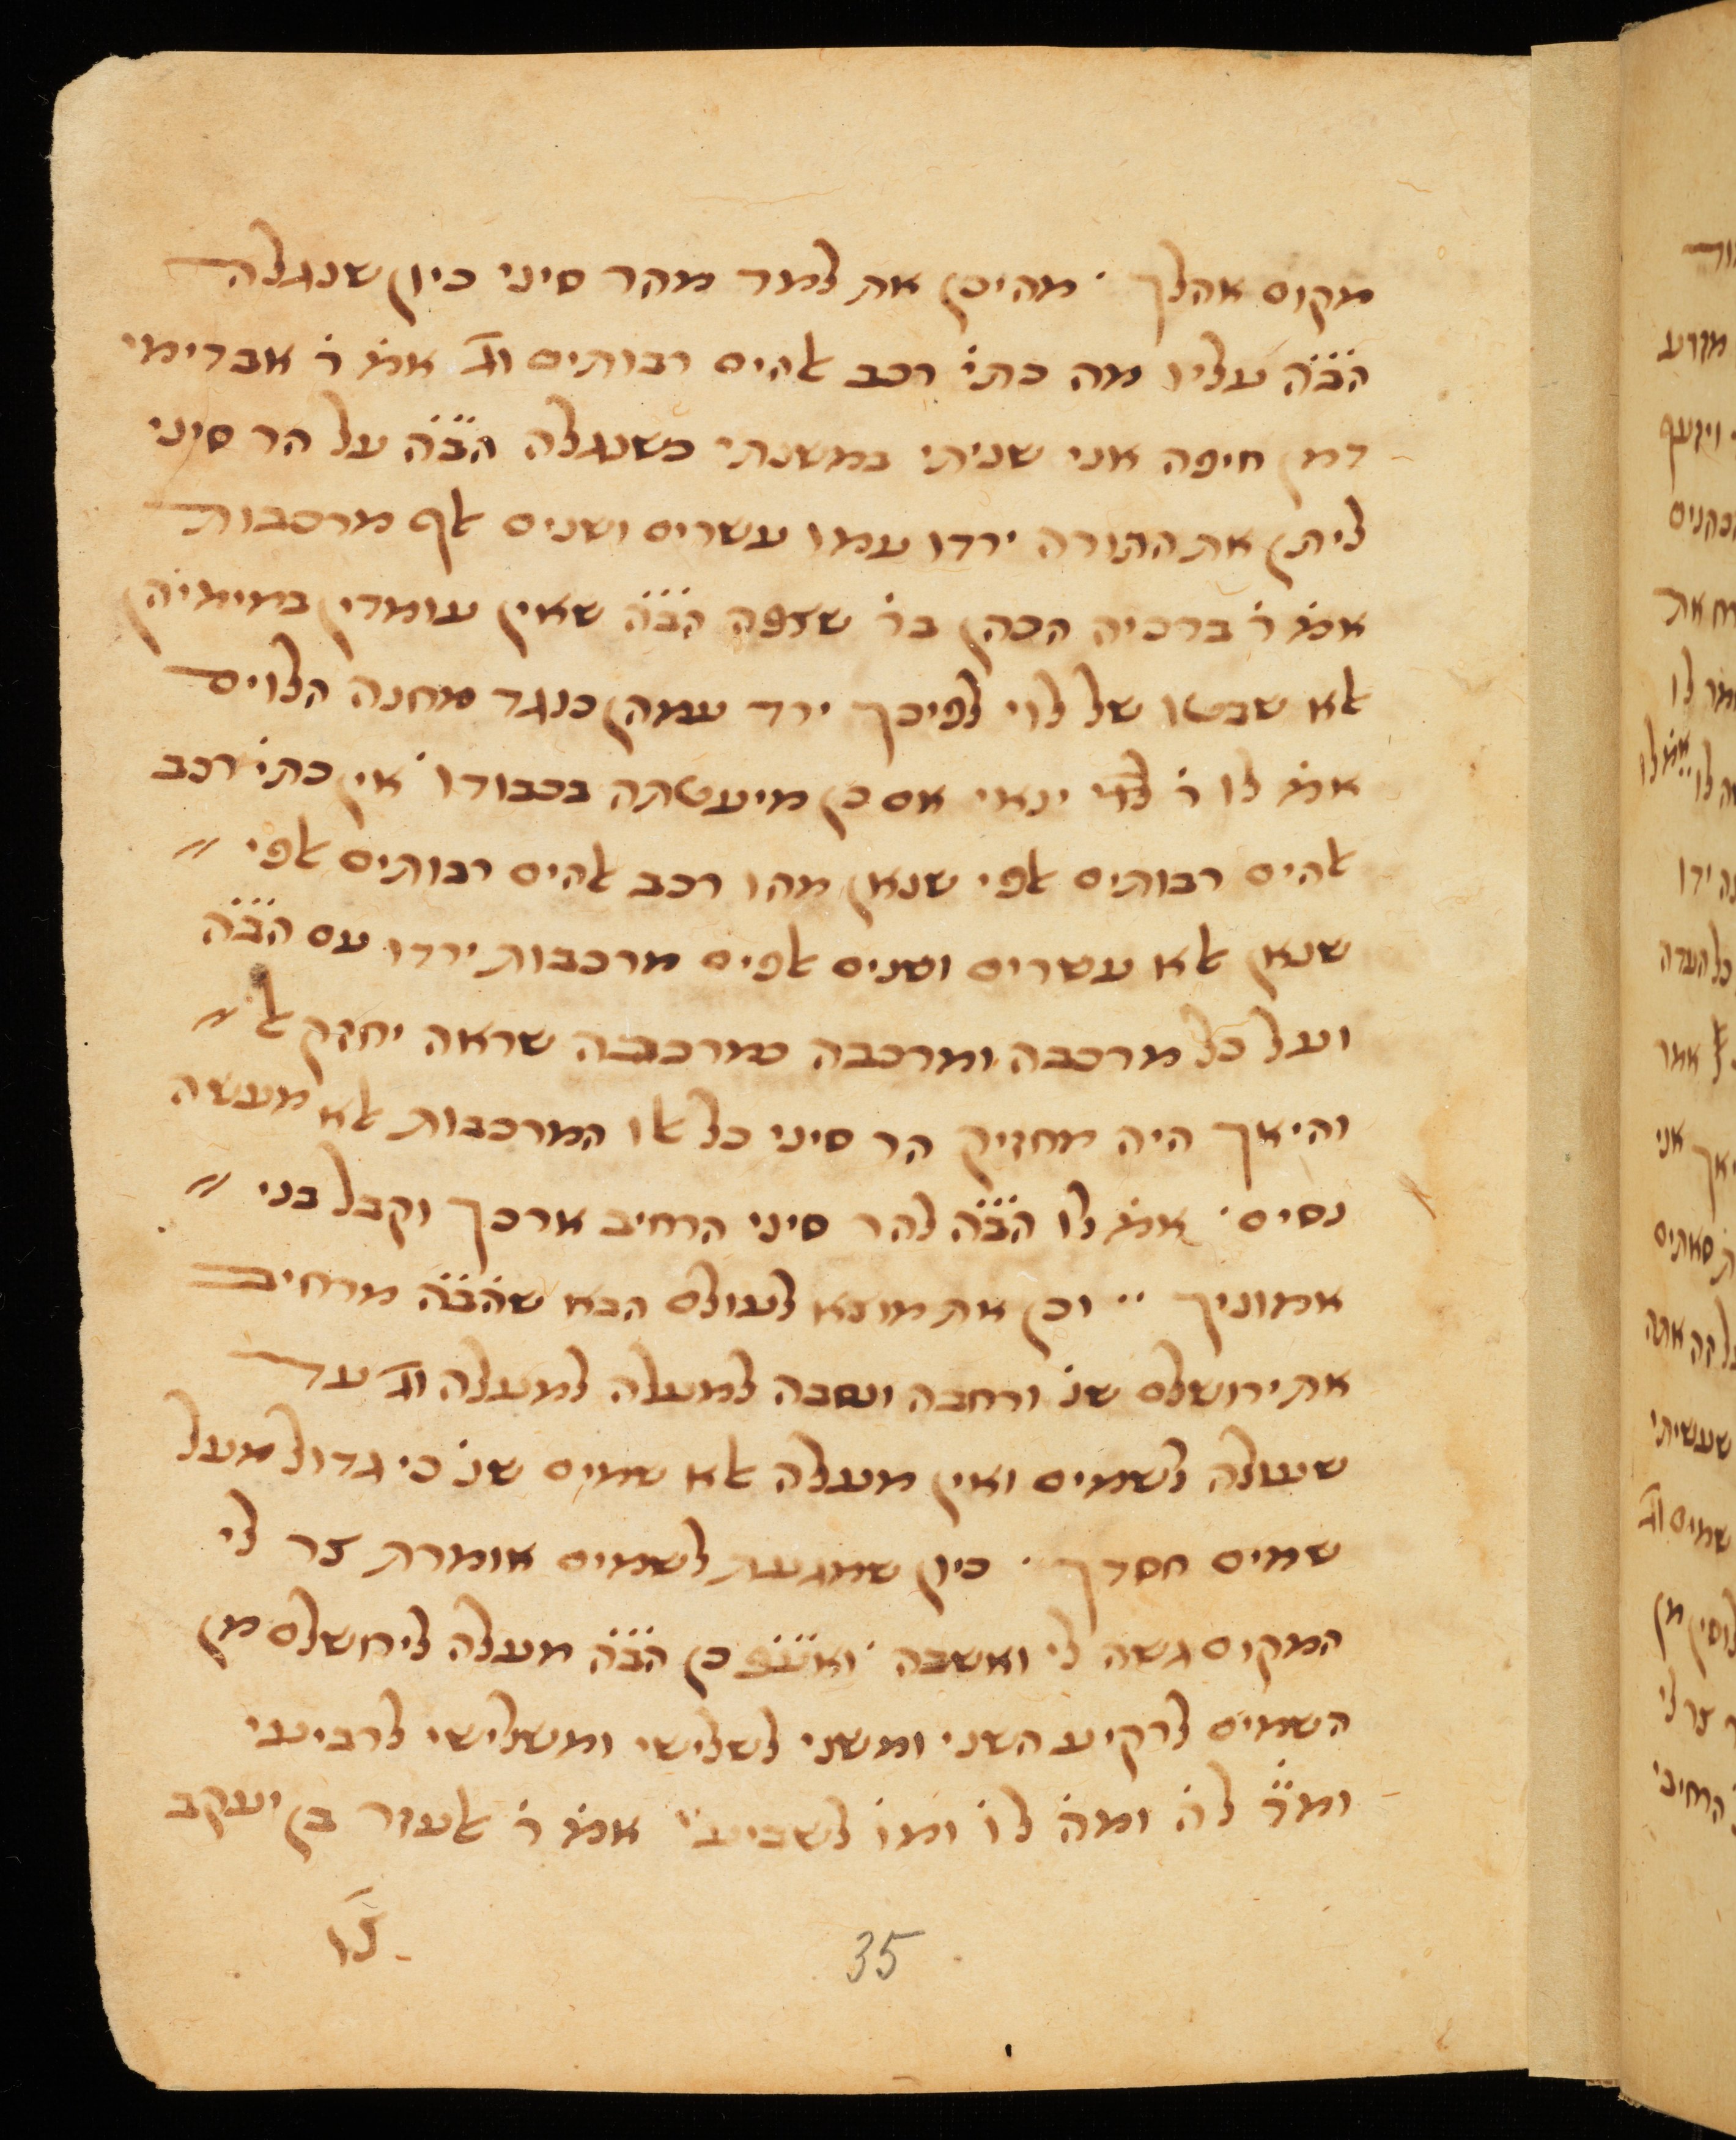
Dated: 1300–1399